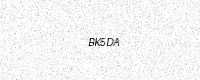
Text: BK5DA